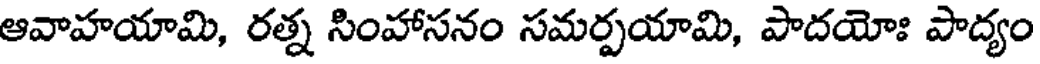
ఆవాహయామి, రత్న సింహాసనం సమర్పయామి, పాదయోః పాద్యం